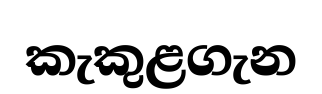
කැකුළගැන